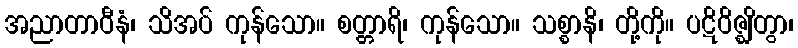
အညာတာဝီနံ၊ သိအပ် ကုန်သော။ စတ္တာရိ၊ ကုန်သော။ သစ္စာနိ၊ တို့ကို။ ပဋိဝိဇ္ဈိတွာ၊